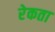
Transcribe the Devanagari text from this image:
रेकता